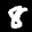
Label: 8